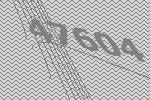
47604